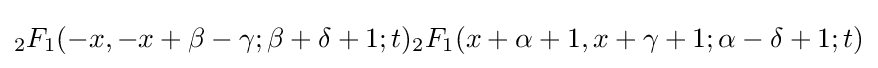
{}_{2}F_{1}(-x,-x+\beta -\gamma ;\beta +\delta +1;t){}_{2}F_{1}(x+\alpha +1,x+\gamma +1;\alpha -\delta +1;t)